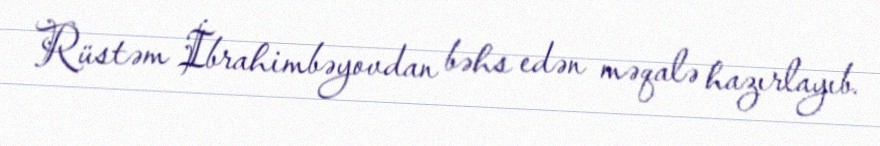
Rüstəm İbrahimbəyovdan bəhs edən məqalə hazırlayıb.